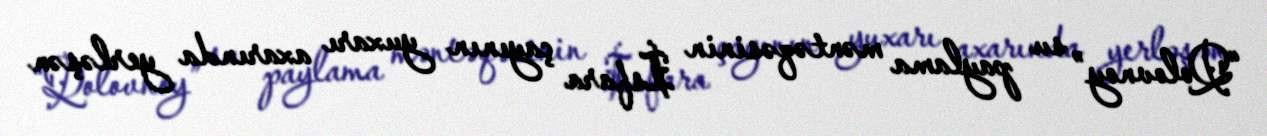
“Qolovnoy” su paylama məntəqəsinin İsfara çayının yuxarı axarında yerləşən